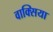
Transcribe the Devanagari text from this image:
वाक्सिया